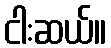
ငါးဆယ်။